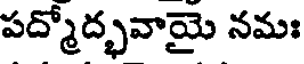
పద్మోద్భవాయై నమః